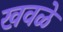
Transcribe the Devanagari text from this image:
खवळे